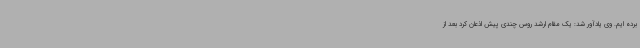
برده ایم. وی یادآور شد: یک مقام ارشد روس چندی پیش اذعان کرد بعد از